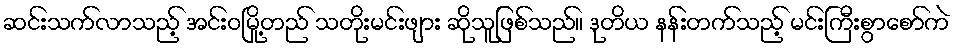
ဆင်းသက်လာသည့် အင်းဝမြို့တည် သတိုးမင်းဖျား ဆိုသူဖြစ်သည်။ ဒုတိယ နန်းတက်သည့် မင်းကြီးစွာစော်ကဲ